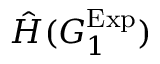
\hat { H } ( { G _ { 1 } ^ { \mathrm { E x p } } } )